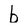
Character: b